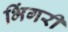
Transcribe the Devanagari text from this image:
भिंगरी